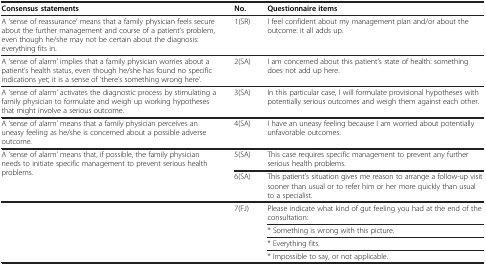
<table><thead><tr><td><b>Consensus statements</b></td><td><b>No.</b></td><td><b>Questionnaire items</b></td></tr></thead><tbody><tr><td>A ‘sense of reassurance’ means that a family physician feels secure about the further management and course of a patient’s problem, even though he/she may not be certain about the diagnosis: everything fits in.</td><td>1(SR)</td><td>I feel confident about my management plan and/or about the outcome: it all adds up.</td></tr><tr><td>A ‘sense of alarm’ implies that a family physician worries about a patient’s health status, even though he/she has found no specific indications yet; it is a sense of ‘there’s something wrong here’.</td><td>2(SA)</td><td>I am concerned about this patient’s state of health: something does not add up here.</td></tr><tr><td>A ‘sense of alarm’ activates the diagnostic process by stimulating a family physician to formulate and weigh up working hypotheses that might involve a serious outcome.</td><td>3(SA)</td><td>In this particular case, I will formulate provisional hypotheses with potentially serious outcomes and weigh them against each other.</td></tr><tr><td>A ‘sense of alarm’ means that a family physician perceives an uneasy feeling as he/she is concerned about a possible adverse outcome.</td><td>4(SA)</td><td>I have an uneasy feeling because I am worried about potentially unfavorable outcomes.</td></tr><tr><td>A ‘sense of alarm’ means that, if possible, the family physician needs to initiate specific management to prevent serious health problems.</td><td>5(SA)</td><td>This case requires specific management to prevent any further serious health problems.</td></tr><tr><td> </td><td>6(SA)</td><td>This patient’s situation gives me reason to arrange a follow-up visit sooner than usual or to refer him or her more quickly than usual to a specialist.</td></tr><tr><td> </td><td>7(FJ)</td><td>Please indicate what kind of gut feeling you had at the end of the consultation:</td></tr><tr><td> </td><td> </td><td>* Something is wrong with this picture.</td></tr><tr><td> </td><td> </td><td>* Everything fits.</td></tr><tr><td> </td><td> </td><td>* Impossible to say, or not applicable.</td></tr></tbody></table>